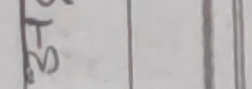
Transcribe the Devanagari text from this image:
उफ२